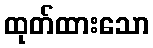
ထုတ်ထားသော